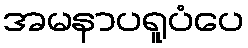
အမနာပရူပံပေ